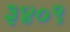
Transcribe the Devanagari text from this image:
३४०९